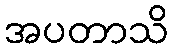
အပတာသိ